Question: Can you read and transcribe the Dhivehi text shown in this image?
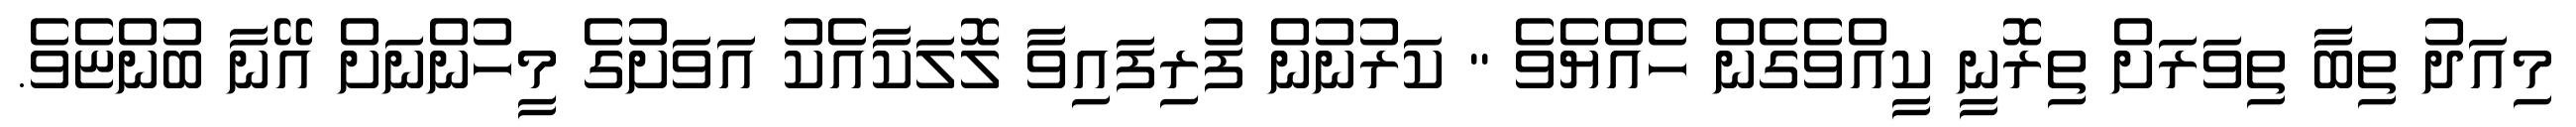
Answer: މިއަދު ތިބާ ތިވަރަށް ތިރޮނީ ކީއްވެގެން ހެއްޔެވެ " ކަރުނުން ފުރިފައިވާ ލޮލަކާއެކު އަވަށުގެ މީހުންނަށް އޭނާ ބުންޏެވެ.